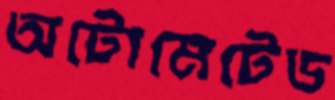
অটোমেটেড